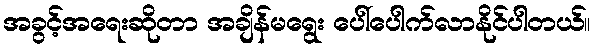
အခွင့်အရေးဆိုတာ အချိန်မရွေး ပေါ်ပေါက်လာနိုင်ပါတယ်။